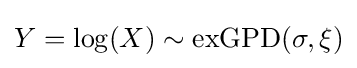
Y=\log(X)\sim \mathrm {exGPD} (\sigma ,\xi )